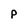
Character: P